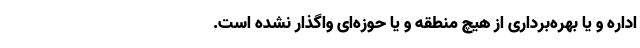
اداره و یا بهره‌برداری از هیچ منطقه و یا حوزه‌ای واگذار نشده است.